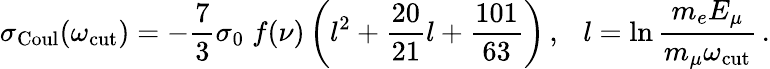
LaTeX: \sigma_{\mathrm{Coul}}(\omega_{\mathrm{cut}})=-\frac{7}{3}\sigma_{0}\; f(\nu)\left(l^{2}+\frac{20}{21}l+\frac{101}{63}\right)\, ,\ \ \ l=\ln\frac{m_{e}E_{\mu}}{m_{\mu}\omega_{\mathrm{cut}}}\, .